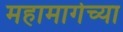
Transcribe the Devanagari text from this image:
महामार्गच्या